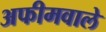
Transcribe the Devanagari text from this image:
अफीमवाले